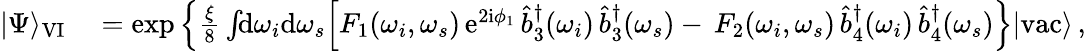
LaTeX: \begin{array}{rl}{|\Psi\rangle_{\mathrm{VI}}}&{{}=\exp\Big\{ \frac{\xi}{8}\int\! \! \mathrm{d}\omega_{i}\mathrm{d}\omega_{s}\Big[F_{1}(\omega_{i},\omega_{s})\, \mathrm{e}^{2\mathrm{i}\phi_{1}}\, \hat{b}_{3}^{\dagger}(\omega_{i})\, \hat{b}_{3}^{\dagger}(\omega_{s})-\, F_{2}(\omega_{i},\omega_{s})\, \hat{b}_{4}^{\dagger}(\omega_{i})\, \hat{b}_{4}^{\dagger}(\omega_{s})\Big\} |\mathrm{vac}\rangle\, ,}\end{array}